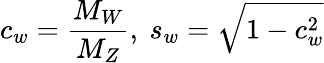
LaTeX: c_{w}=\frac{M_{W}}{M_{Z}},\ s_{w}=\sqrt{1-c_{w}^{2}}